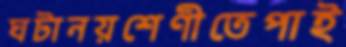
ঘটানয়শেণীতেপাই